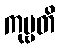
ကုဗ္ဗတိ